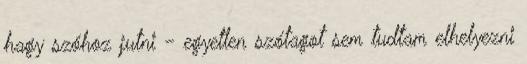
hagy szóhoz jutni - egyetlen szótagot sem tudtam elhelyezni